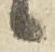
候